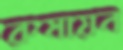
রুমায়ন